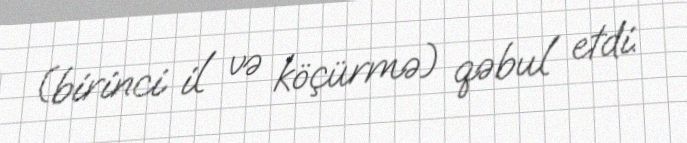
(birinci il və köçürmə) qəbul etdi.